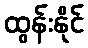
ထွန်းနိုင်